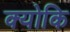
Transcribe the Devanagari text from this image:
क्‍योकि